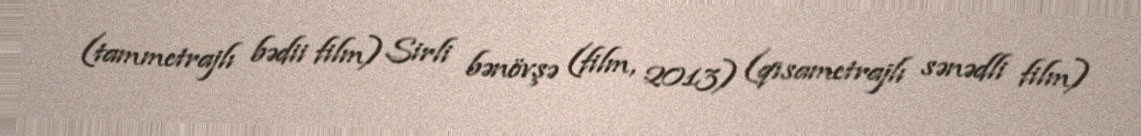
(tammetrajlı bədii film) Sirli bənövşə (film, 2013) (qısametrajlı sənədli film)